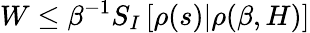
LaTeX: W\le\beta^{-1}S_{I}\left[\rho(s)|\rho(\beta,H)\right]